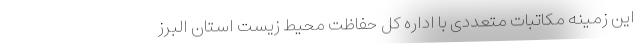
این زمینه مکاتبات متعددی با اداره کل حفاظت محیط‌ زیست استان البرز